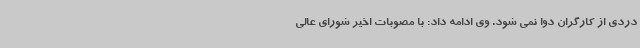
دردی از کارگران دوا نمی شود. وی ادامه داد: با مصوبات اخیر شورای عالی